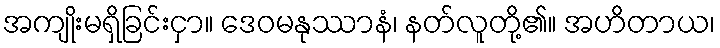
အကျိုးမရှိခြင်းငှာ။ ဒေဝမနုဿာနံ၊ နတ်လူတို့၏။ အဟိတာယ၊